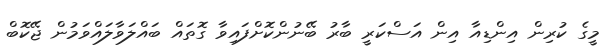
މީގެ ކުރިން އިންޑިއާ އިން އަސްކަރީ ބާރު ބޭނުންކޮށްފައިވާ ގޮތައް ބައްލަވާލައްވަމުން ޖޭކޮބް